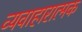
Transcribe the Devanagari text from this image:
व्यवाहारात्मक